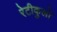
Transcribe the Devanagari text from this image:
रेटीकुलो